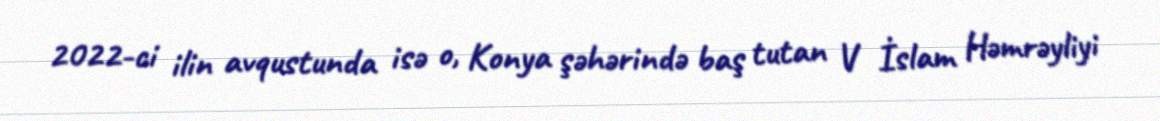
2022-ci ilin avqustunda isə o, Konya şəhərində baş tutan V İslam Həmrəyliyi